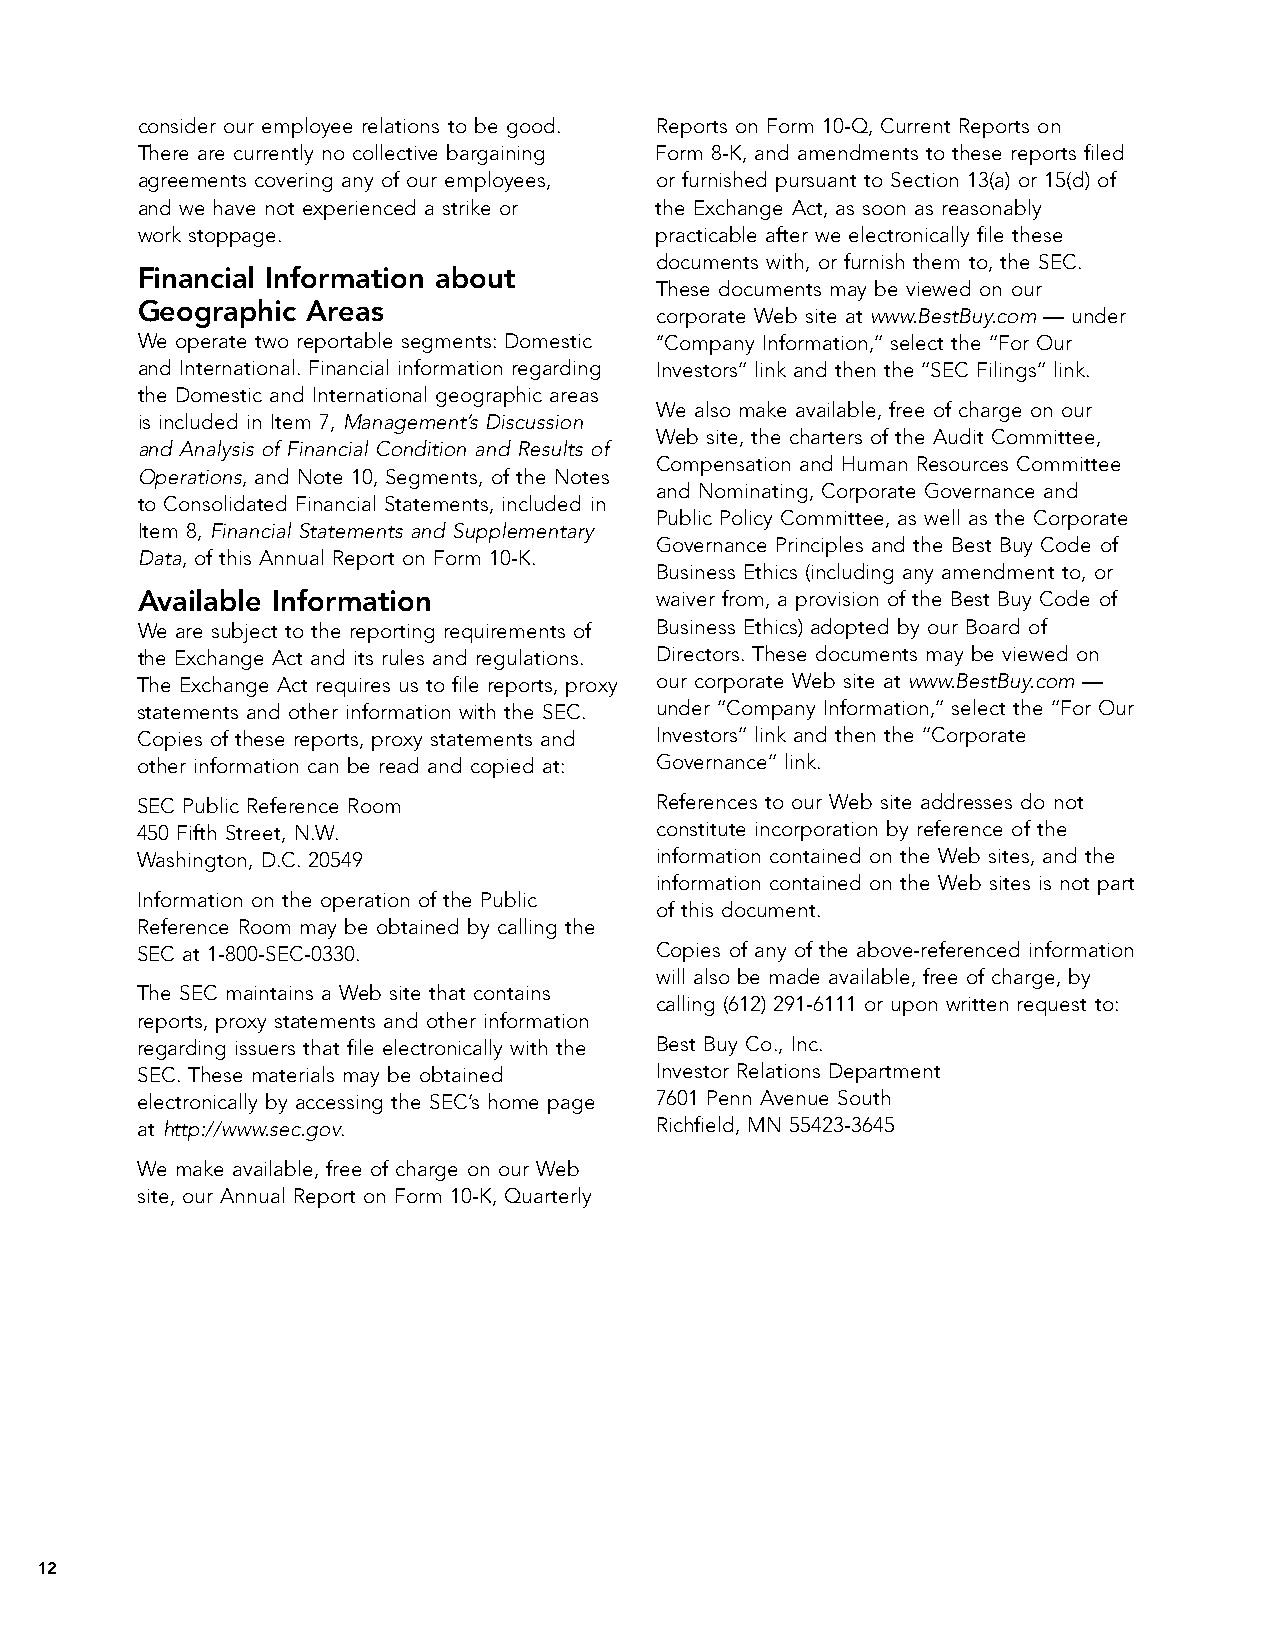
consider our employee relations to be good. Reports on Form 10-Q, Current Reports on
 There are currently no collective bargaining Form 8-K, and amendments to these reports filed
 agreements covering any of our employees, or furnished pursuant to Section 13(a) or 15(d) of
 and we have not experienced a strike or the Exchange Act, as soon as reasonably
 work stoppage.                    practicable after we electronically file these
 documents with, or furnish them to, the SEC.
 Financial Information about
 These documents may be viewed on our
 Geographic Areas
 corporate Web site at www.BestBuy.com — under
 We operate two reportable segments: Domestic ‘‘Company Information,’’ select the ‘‘For Our
 and International. Financial information regarding Investors’’ link and then the ‘‘SEC Filings’’ link.
 the Domestic and International geographic areas
 We also make available, free of charge on our
 is included in Item 7, Management’s Discussion
 Web site, the charters of the Audit Committee,
 and Analysis of Financial Condition and Results of
 Compensation and Human Resources Committee
 Operations, and Note 10, Segments, of the Notes
 and Nominating, Corporate Governance and
 to Consolidated Financial Statements, included in
 Public Policy Committee, as well as the Corporate
 Item 8, Financial Statements and Supplementary
 Governance Principles and the Best Buy Code of
 Data, of this Annual Report on Form 10-K.
 Business Ethics (including any amendment to, or
 Available Information             waiver from, a provision of the Best Buy Code of
 We are subject to the reporting requirements of Business Ethics) adopted by our Board of
 the Exchange Act and its rules and regulations. Directors. These documents may be viewed on
 The Exchange Act requires us to file reports, proxy our corporate Web site at www.BestBuy.com —
 statements and other information with the SEC. under ‘‘Company Information,’’ select the ‘‘For Our
 Copies of these reports, proxy statements and Investors’’ link and then the ‘‘Corporate
 other information can be read and copied at: Governance’’ link.
 SEC Public Reference Room         References to our Web site addresses do not
 450 Fifth Street, N.W.            constitute incorporation by reference of the
 Washington, D.C. 20549            information contained on the Web sites, and the
 information contained on the Web sites is not part
 Information on the operation of the Public
 of this document.
 Reference Room may be obtained by calling the
 SEC at 1-800-SEC-0330.            Copies of any of the above-referenced information
 will also be made available, free of charge, by
 The SEC maintains a Web site that contains
 calling (612) 291-6111 or upon written request to:
 reports, proxy statements and other information
 regarding issuers that file electronically with the Best Buy Co., Inc.
 SEC. These materials may be obtained Investor Relations Department
 electronically by accessing the SEC’s home page 7601 Penn Avenue South
 at http://www.sec.gov.            Richfield, MN 55423-3645
 We make available, free of charge on our Web
 site, our Annual Report on Form 10-K, Quarterly
 12